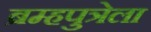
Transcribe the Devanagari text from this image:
ब्रम्हपुत्रेला